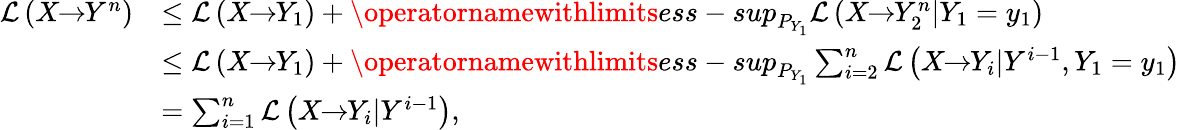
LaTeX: \begin{array}{rl}{\mathcal{L}\left(X\! \! \to\! \! Y^{n}\right)}&{\leq\mathcal{L}\left(X\! \! \to\! \! Y_{1}\right)+\operatornamewithlimits{ess-sup}_{P_{Y_{1}}}\mathcal{L}\left(X\! \! \to\! \! Y_{2}^{n}|Y_{1}=y_{1}\right)}\\ &{\leq\mathcal{L}\left(X\! \! \to\! \! Y_{1}\right)+\operatornamewithlimits{ess-sup}_{P_{Y_{1}}}\sum_{i=2}^{n}\mathcal{L}\left(X\! \! \to\! \! Y_{i}|Y^{i-1},Y_{1}=y_{1}\right)}\\ &{=\sum_{i=1}^{n}\mathcal{L}\left(X\! \! \to\! \! Y_{i}|Y^{i-1}\right),}\end{array}